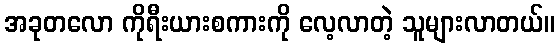
အခုတလော ကိုရီးယားစကားကို လေ့လာတဲ့ သူများလာတယ်။